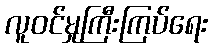
လူဝင်မှုကြီးကြပ်ရေး